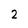
Character: 2